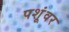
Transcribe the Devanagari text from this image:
पशूंवर